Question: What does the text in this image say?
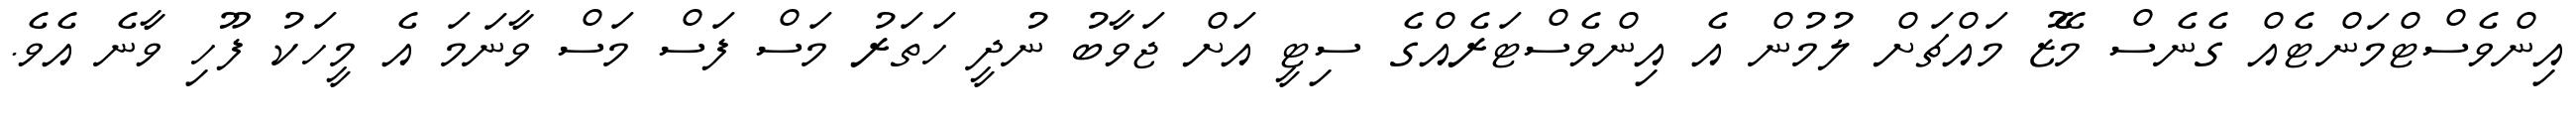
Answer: އިންވެސްޓްމަންޓެއް ގެނެސް މޭޒު މައްޗަށް ލުމުން އެ އިންވެސްޓަރެއްގެ ސިޓީ އަށް ޖަވާބު ނުދީ ހަތަރު މަސް ފަސް މަސް ވާނަމަ އެ މީހަކު ފޫހި ވާނެ އެވެ.